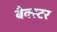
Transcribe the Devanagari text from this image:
बैक्स्टर